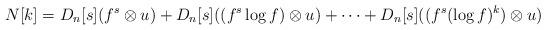
LaTeX: \begin{align*}N[k] = D_n[s](f^s\otimes u) + D_n[s]((f^s\log f)\otimes u) + \cdots + D_n[s]((f^s(\log f)^k)\otimes u)\end{align*}